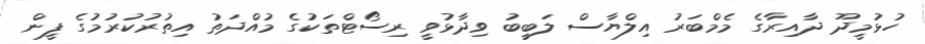
ހުޅުމީދޫ ދާއިރާގެ މެމްބަރު އިލްޔާސް ލަބީބު ވިދާޅުވީ ރިސޯޓްތަކުގެ މުއްދަތު އިތުރުކުރުމުގެ ފީން